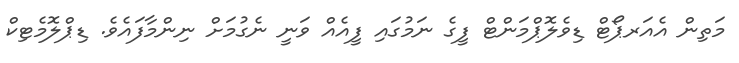
މަތިން އެއަރޕޯޓް ޑިވެލޮޕްމަންޓް ފީގެ ނަމުގައި ފީއެއް ވަނީ ނެގުމަށް ނިންމާފައެވެ. ޑިޕްލޮމެޓިކް